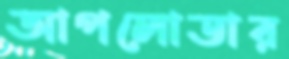
আপলোডার